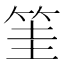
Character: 筀